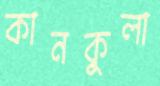
কানকুলা